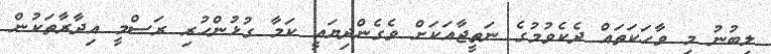
ލިބުނު މި ވާހަކަތައް ދެކެވުމުގެ ނަތީޖާއަކަށް ވެގެންދިޔައީ ކަމާ ގުޅުންހުރި ރަސްމީ އިދާރާތަކުން